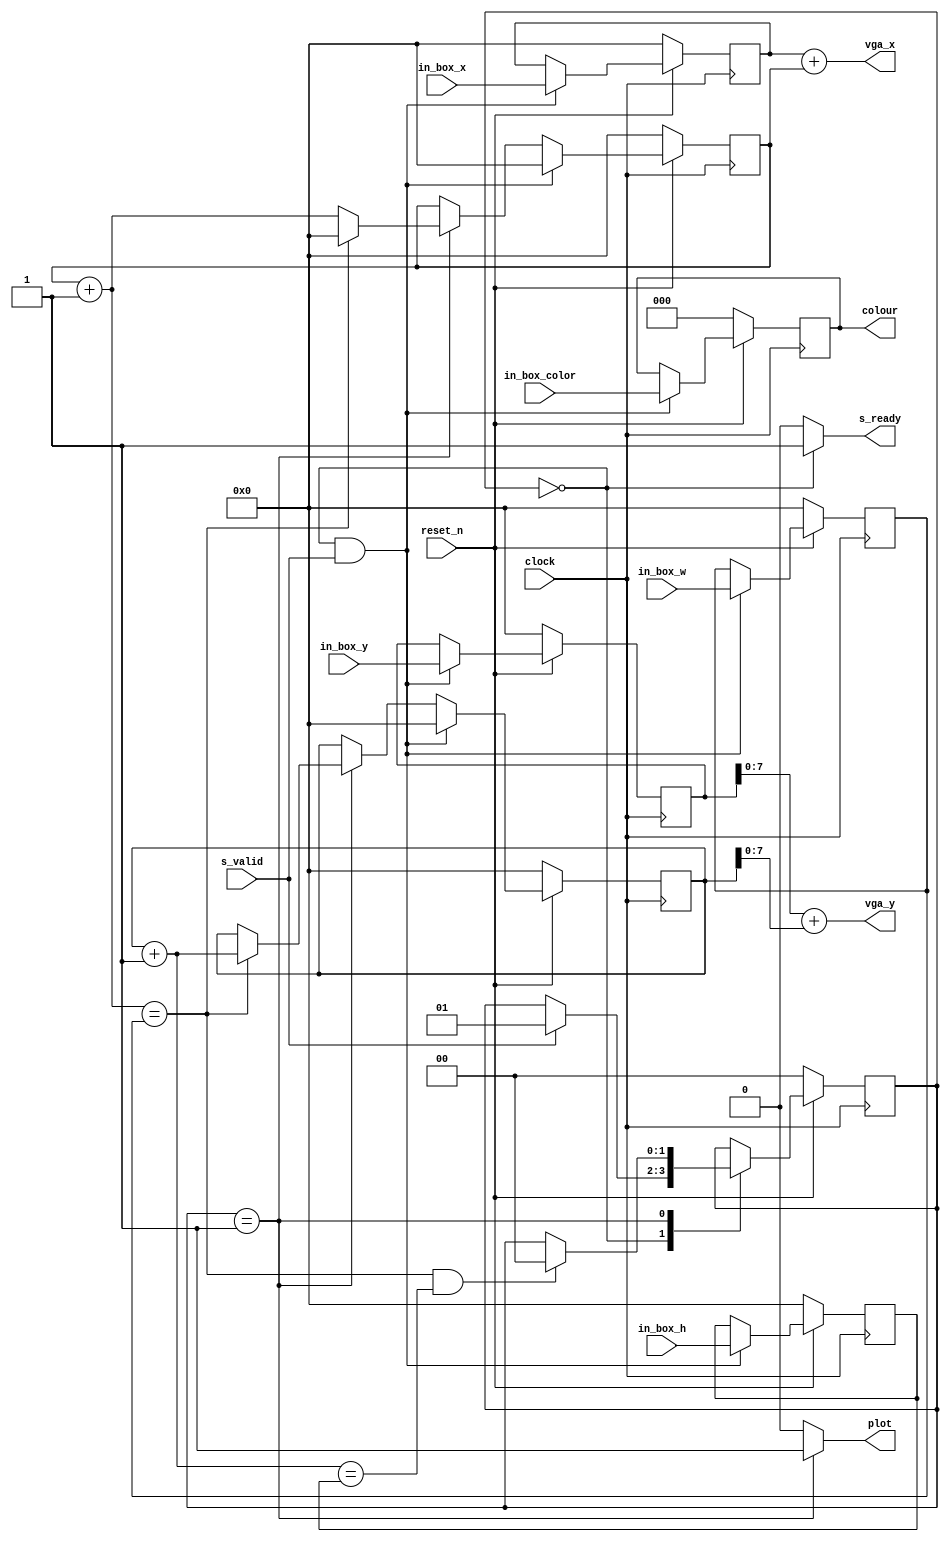

module boxDrawer (
		input clock,
		input reset_n,

		/* Interface tp the screen drawer processor */
		output reg s_ready,
		input s_valid,
		input [8:0] in_box_x,
		input [8:0] in_box_y,
		input [8:0] in_box_w,
		input [8:0] in_box_h,
		input [2:0] in_box_color,

		/* Interface to VGA adapter. Assuming 160x120 resolution, 8 colour */
		output [8:0] vga_x,
		output [7:0] vga_y,
		output reg plot,
		output [2:0] colour
	);


	/*
		State encodings
	*/
	parameter S_WAIT_FOR_INPUT = 2'd0,
			  S_DRAW_BOX = 2'd1;
	/*
		Internal signals
	*/
	reg [1:0] current_state; // Should be synthesized into an FF.
	reg [1:0] next_state;


	// Position of the box
	reg [8:0] box_x; // Should be synthesized into an FF
	reg [8:0] box_y; // Should be synthesized into an FF
	reg [8:0] box_w; // Should be synthesized into an FF
	reg [8:0] box_h; // Should be synthesized into an FF
	reg [2:0] box_color; // Should be synthesized into an FF
	reg [8:0] iter_box_w; // Should be synthesized into an FF
	reg [8:0] iter_box_h; // Should be synthesized into an FF

	assign colour = box_color;
	assign vga_x = box_x + iter_box_w; // Width won't match, so rely on the compiler to truncate
	assign vga_y = box_y + iter_box_h; // Width won't match, so rely on the compiler to truncate


	/*
		Next state logic update
		Interface signals control
	*/
	always @ (*) begin
		s_ready = 1'b0;
		plot = 1'b0;
		next_state = current_state;
		case (current_state)
			S_WAIT_FOR_INPUT: begin
				s_ready = 1'b1;
				if (s_valid == 1'b1) begin
					next_state = S_DRAW_BOX;
				end
			end
			S_DRAW_BOX: begin
				plot = 1'b1;
				if ((iter_box_w + 9'd1 == box_w) && (iter_box_h + 9'd1 == box_h)) begin
					next_state = S_WAIT_FOR_INPUT;
				end
			end
			default: begin
			end
		endcase
	end

	/*
		Sequential logic
	*/
	always @ (posedge clock) begin
		if (reset_n == 1'b0) begin
			box_x <= 9'd0;
			box_y <= 9'd0;
			box_w <= 9'd0;
			box_h <= 9'd0;
			box_color <= 3'd0;
			iter_box_w <= 9'd0;
			iter_box_h <= 9'd0;
			current_state <= S_WAIT_FOR_INPUT;
		end
		else begin
			current_state <= next_state;

			if ((current_state == S_WAIT_FOR_INPUT) && (s_valid == 1'b1)) begin
				box_x <= in_box_x;
				box_y <= in_box_y;
				box_w <= in_box_w;
				box_h <= in_box_h;
				box_color <= in_box_color;
			end

			if ((current_state == S_WAIT_FOR_INPUT) && (s_valid == 1'b1)) begin
				iter_box_h <= 9'd0;
				iter_box_w <= 9'd0;
			end
			else if (current_state == S_DRAW_BOX) begin
				if (iter_box_w + 9'd1 == box_w) begin
					iter_box_w <= 9'd0;
					iter_box_h <= iter_box_h + 9'd1;
				end
				else begin
					iter_box_w <= iter_box_w + 9'd1;
				end
			end
			
		end
	end
endmodule // box drawer